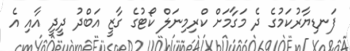
ފަނޑިޔާރުކަމުގެ ދެ މަގާމަށް ކްރިމިނަލް ކޯޓުގެ ގާޒީ އަބްދު ދީދީ އާއި އެ